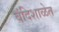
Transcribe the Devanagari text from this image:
बंदिशाळेत